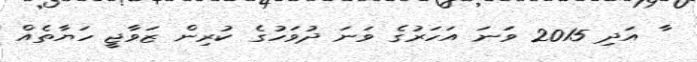
ާ އަދި 2015 ވަނަ އަހަރުގެ ވަނަ ދުވަހުގެ ކުރިން ޒަވާޖީ ހަޔާތެއް